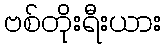
ဗစ်တိုးရီးယား